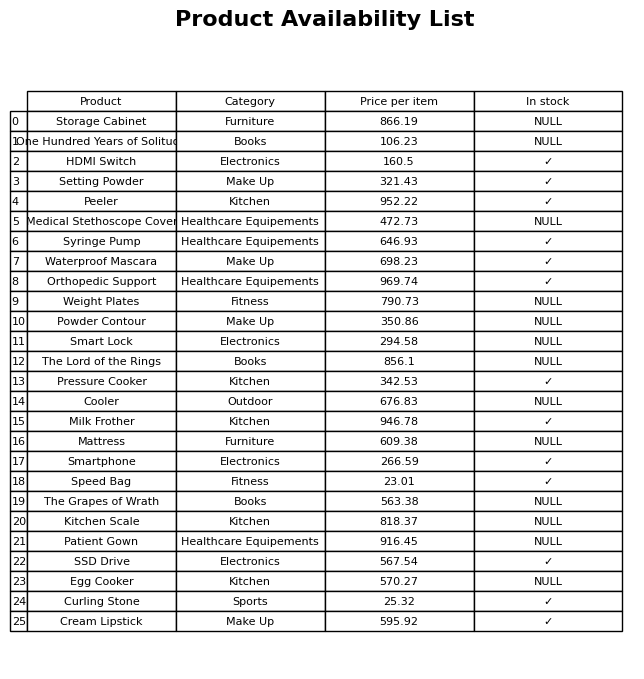
question: Is the Cooler in stock?
answer: NULL